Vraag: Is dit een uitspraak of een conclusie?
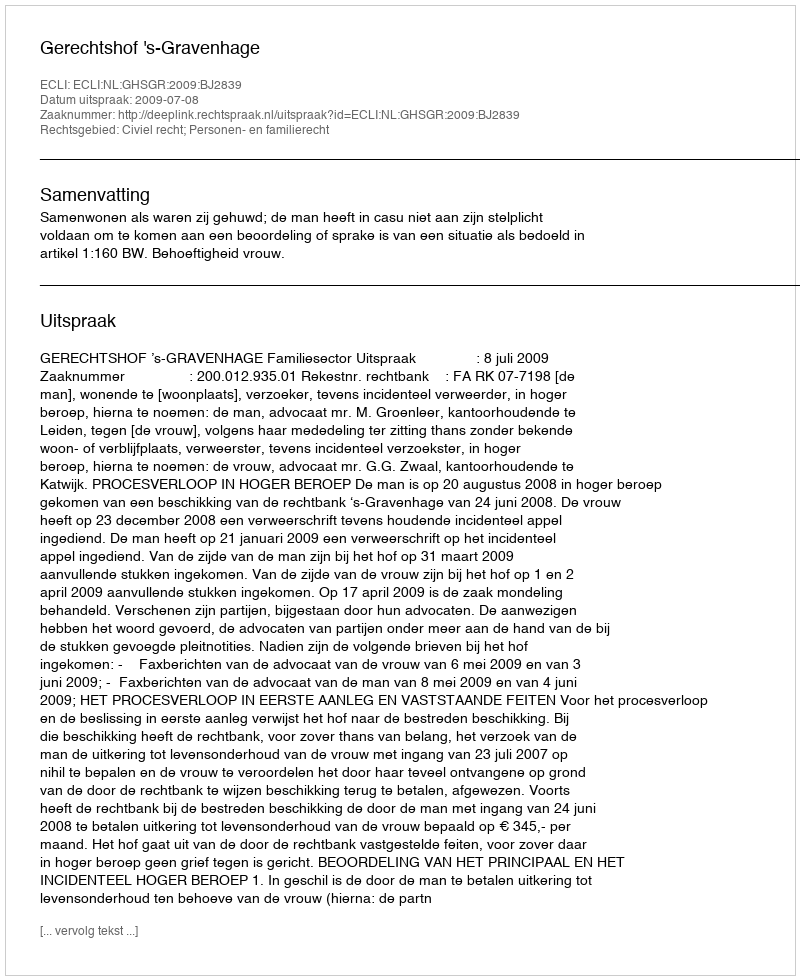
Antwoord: Uitspraak